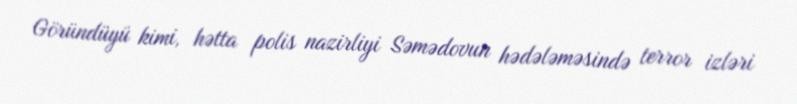
Göründüyü kimi, hətta polis nazirliyi Səmədovun hədələməsində terror izləri